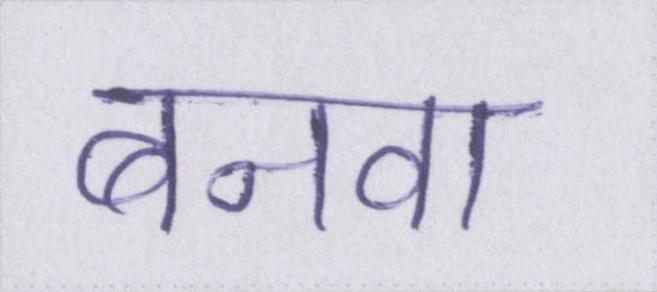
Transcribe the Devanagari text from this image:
बनवा